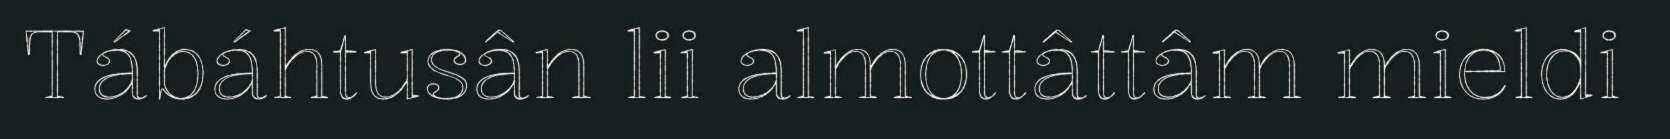
Tábáhtusân lii almottâttâm mieldi